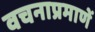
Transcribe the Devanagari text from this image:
वचनाप्रमाणें